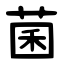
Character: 菌